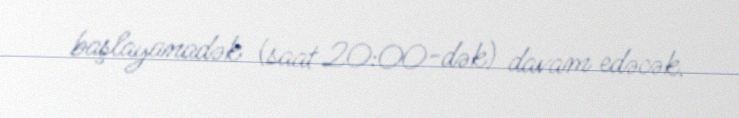
başlayanadək (saat 20:00-dək) davam edəcək.